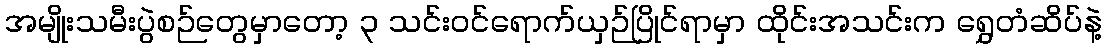
အမျိုးသမီးပွဲစဉ်တွေမှာတော့ ၃ သင်းဝင်ရောက်ယှဉ်ပြိုင်ရာမှာ ထိုင်းအသင်းက ရွှေတံဆိပ်နဲ့